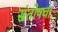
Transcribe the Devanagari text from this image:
संतोषचा